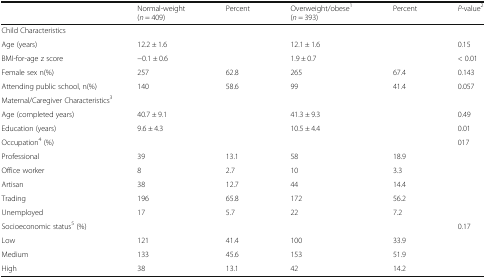
|  | Normal-weight(n = 409) | Percent | Overweight/obese1(n = 393) | Percent | P-value2 |
 | --- | --- | --- | --- | --- | --- |
 | <COLSPAN=6> Child Characteristics |
 | Age (years) | 12.2 ± 1.6 |  | 12.1 ± 1.6 |  | 0.15 |
 | BMI-for-age z score | −0.1 ± 0.6 |  | 1.9 ± 0.7 |  | < 0.01 |
 | Female sex n(%) | 257 | 62.8 | 265 | 67.4 | 0.143 |
 | Attending public school, n(%) | 140 | 58.6 | 99 | 41.4 | 0.057 |
 | <COLSPAN=6> Maternal/Caregiver Characteristics3 |
 | Age (completed years) | 40.7 ± 9.1 |  | 41.3 ± 9.3 |  | 0.49 |
 | Education (years) | 9.6 ± 4.3 |  | 10.5 ± 4.4 |  | 0.01 |
 | Occupation4 (%) |  |  |  |  | 017 |
 | Professional | 39 | 13.1 | 58 | 18.9 |  |
 | Office worker | 8 | 2.7 | 10 | 3.3 |  |
 | Artisan | 38 | 12.7 | 44 | 14.4 |  |
 | Trading | 196 | 65.8 | 172 | 56.2 |  |
 | Unemployed | 17 | 5.7 | 22 | 7.2 |  |
 | Socioeconomic status5 (%) |  |  |  |  | 0.17 |
 | Low | 121 | 41.4 | 100 | 33.9 |  |
 | Medium | 133 | 45.6 | 153 | 51.9 |  |
 | High | 38 | 13.1 | 42 | 14.2 |  |